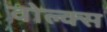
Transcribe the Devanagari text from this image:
वोल्क्स